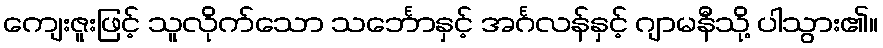
ကျေးဇူးဖြင့် သူလိုက်သော သင်္ဘောနှင့် အင်္ဂလန်နှင့် ဂျာမနီသို့ ပါသွား၏။